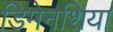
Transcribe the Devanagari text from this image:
डिमेनशिया